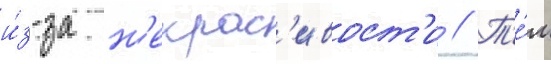
и́з-за н'екрас'ивост'и // Т'е́м